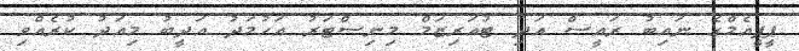
ޕީޕީއެމްގެ ނައިބު ރައީސް އަދި ޓުއަރިޒަމް މިނިސްޓަރު އަހުމަދު އަދީބު މިއަދު ކުރެއްވި